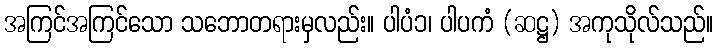
အကြင်အကြင်သော သဘောတရားမှလည်း။ ပါပံ၁၊ ပါပကံ (ဆဋ္ဌ) အကုသိုလ်သည်။